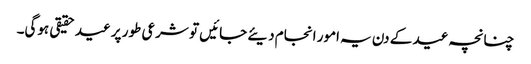
چنانچہ عید کے دن یہ امور انجام دیئے جائیں تو شرعی طور پر عید حقیقی ہوگی۔